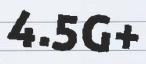
4.5G+